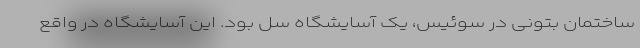
ساختمان بتونی در سوئیس، یک آسایشگاه سل بود. این آسایشگاه در واقع